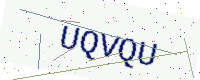
Text: UQVQU